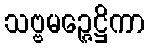
သဗ္ဗမဉ္ဇေဋ္ဌိကာ